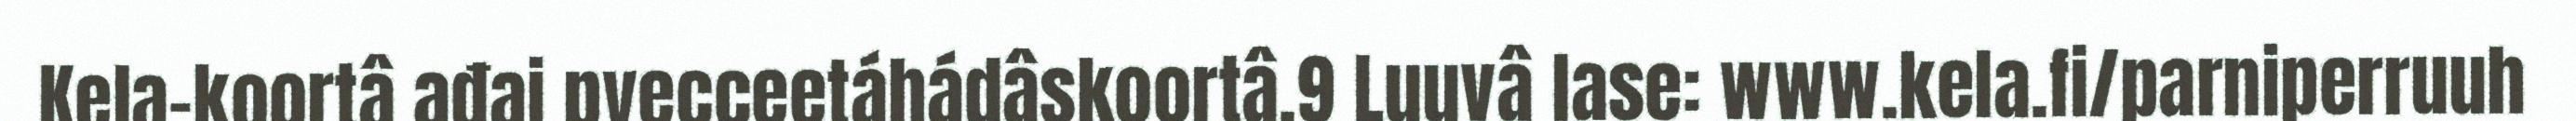
Kela-koortâ ađai pyecceetáhádâskoortâ.9 Luuvâ lase: www.kela.fi/parniperruuh